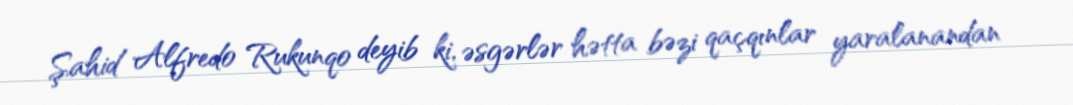
Şahid Alfredo Rukunqo deyib ki, əsgərlər hətta bəzi qaçqınlar yaralanandan